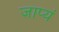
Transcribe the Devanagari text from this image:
जाप्यं